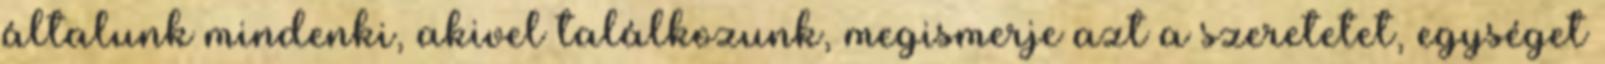
általunk mindenki, akivel találkozunk, megismerje azt a szeretetet, egységet